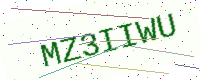
Text: MZ3IIWU